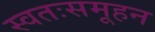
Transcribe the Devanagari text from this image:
स्वतःसमूहन